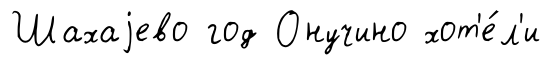
Шахаjево год Онучино хот'е́л'и